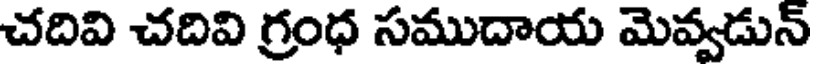
చదివి చదివి గ్రంధ సముదాయ మెవ్వడున్